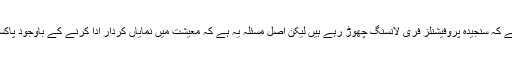
اگرچہ یہ غلط فہمی بھی بری شدت سے موجود ہے کہ سنجیدہ پروفیشنلز فری لانسنگ چھوڑ رہے ہیں لیکن اصل مسئلہ یہ ہے کہ معیشت میں نمایاں کردار ادا کرنے کے باوجود پاکستان میں فری لانسنگ کو ٹھوس کام نہیں سمجھا ۔